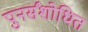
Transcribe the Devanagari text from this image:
पुनर्संशोधित